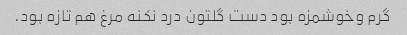
گرم وخوشمزه بود دست گلتون درد نکنه مرغ هم تازه بود.